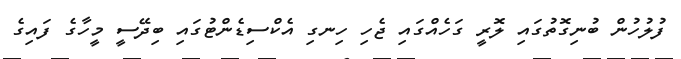
ފުލުހުން ބުނިގޮތުގައި ލޮރީ ގަހެއްގައި ޖެހި ހިނގި އެކްސިޑެންޓުގައި ބިދޭސީ މީހާގެ ފައިގެ